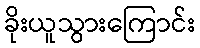
ခိုးယူသွားကြောင်း